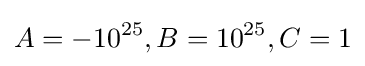
A=-10^{25},B=10^{25},C=1